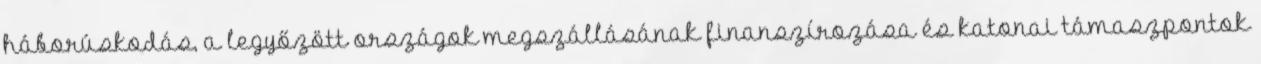
háborúskodás, a legyőzött országok megszállásának finanszírozása és katonai támaszpontok